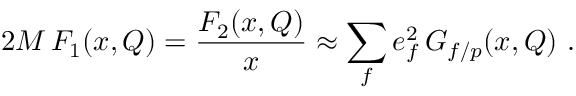
2 M \, F _ { 1 } ( x , Q ) = { \frac { F _ { 2 } ( x , Q ) } { x } } \approx \sum _ { f } e _ { f } ^ { 2 } \, G _ { f / p } ( x , Q ) \ .